Leningradi_Edasi_toimetus, lk 63
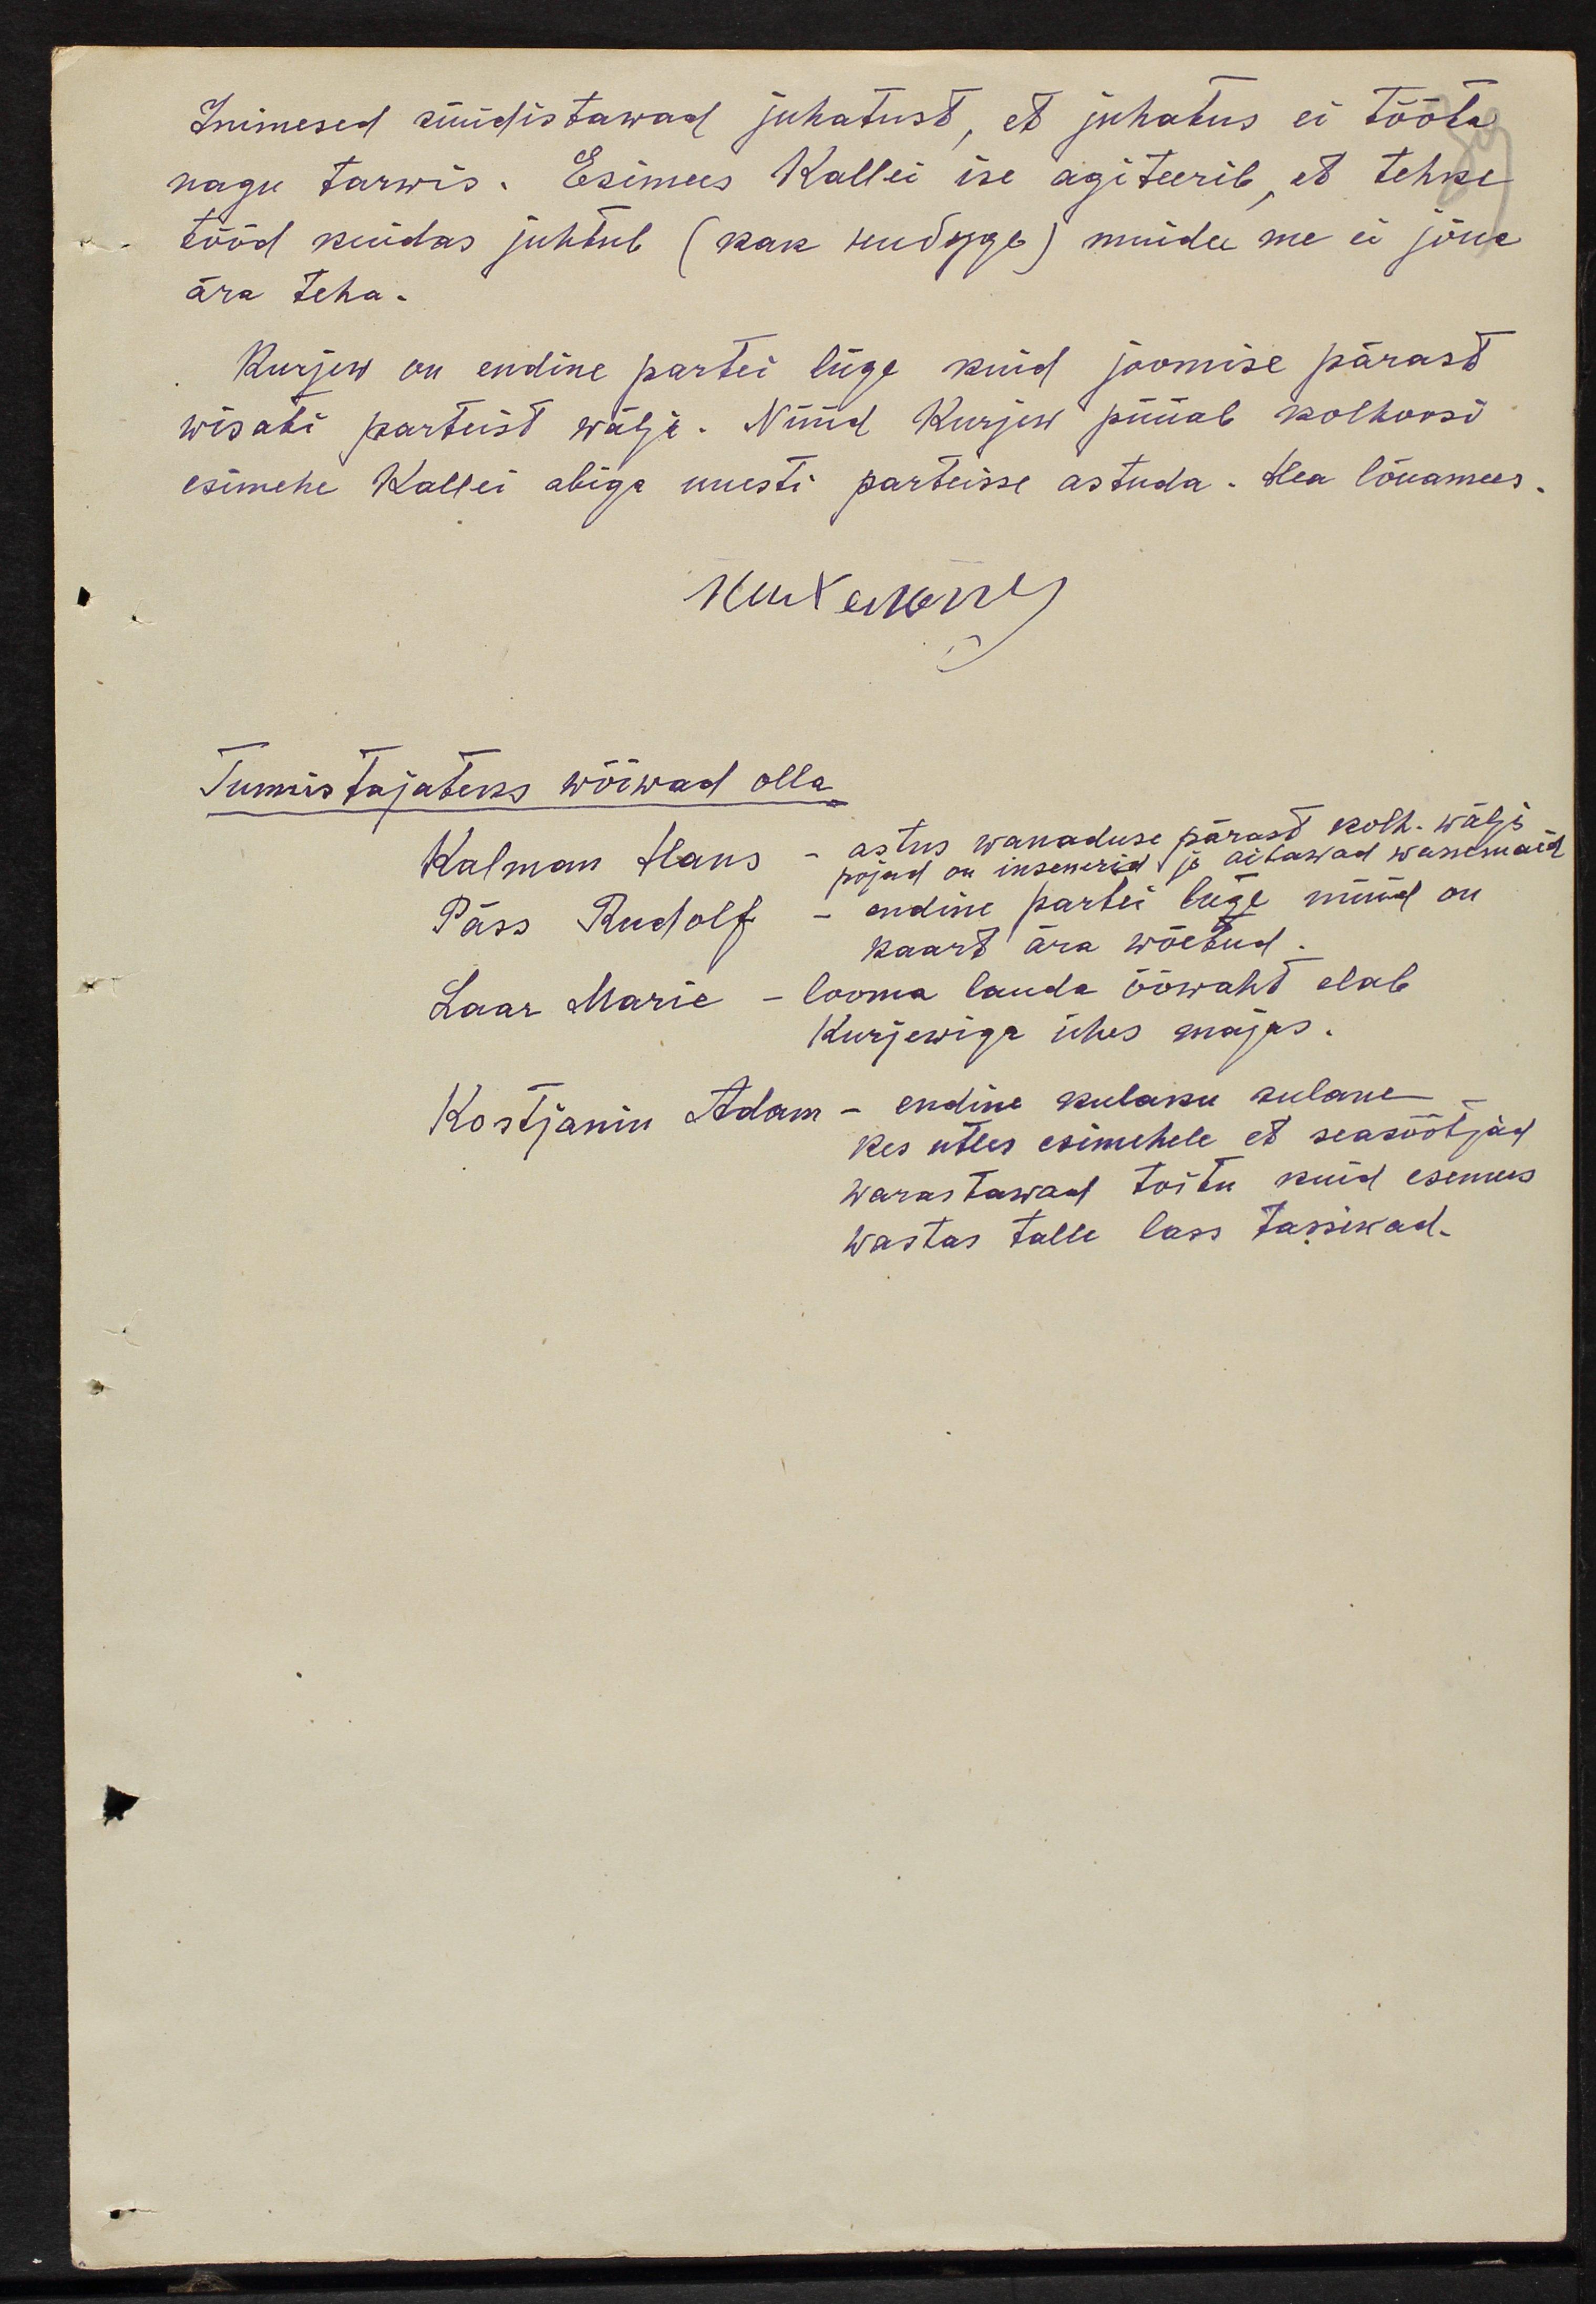
Inimesed süüdistawad juhatust, et juhatus ei tööta
nagu tarwis. Esimees Kallei ise agiteerib, et tehke
tööd kuidas juhtub (kak tüdage) muidu me ei jõua
ära teha.
Kurjew on endine partei liige kuid joomise pärast
wisati parteist wälja. Nüüd Kurjew püüab kolhoosi
esimehe Kallei abiga uuesti parteisse astuda. Hea lõuamees.
Tunnistajateks wõõwad olla
Kalman Hans –
astus wanaduse pärast kolh. wälja.
pojad on insenerid ja aitawad wanemaid
Päss Rudolf –
endine partei liige nüüd on
kaart ära wõetud.
Laar Marie - looma lauda ööwaht elab
Kurjewiga ühes majas.
Kostjanin Adam - endine kulaku sulane
kes ütles esimehele et seasöötjad
warastawad toitu kuid esemees
wastas talle lass tassiwad.